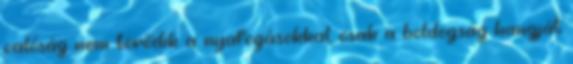
valóság nem törődik a nyafogásokkal, csak a boldogság hangját